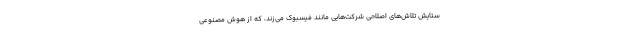
ستایشِ تلاش‌های اصلاحی شرکت‌هایی مانند فیسبوک می‌زند، که از هوش مصنوعی